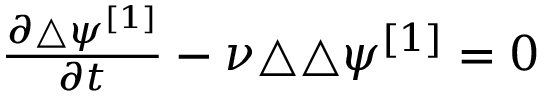
\begin{array} { r } { \frac { \partial \triangle \psi ^ { [ 1 ] } } { \partial t } - \nu \triangle \triangle \psi ^ { [ 1 ] } = 0 } \end{array}